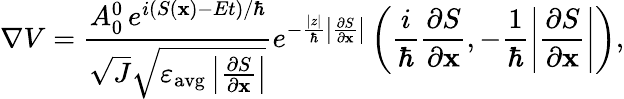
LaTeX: \nabla V=\frac{A_{0}^{0}\, e^{i(S(\mathbf{x})-Et)/\hbar}}{\sqrt{J}\sqrt{\varepsilon_{\mathrm{avg}}\left|\frac{\partial S}{\partial\mathbf{x}}\right|}}e^{-\frac{|z|}{\hbar}\left|\frac{\partial S}{\partial\mathbf{x}}\right|}\left(\frac{i}{\hbar}\frac{\partial S}{\partial\mathbf{x}},-\frac{1}{\hbar}\left|\frac{\partial S}{\partial\mathbf{x}}\right|\right),